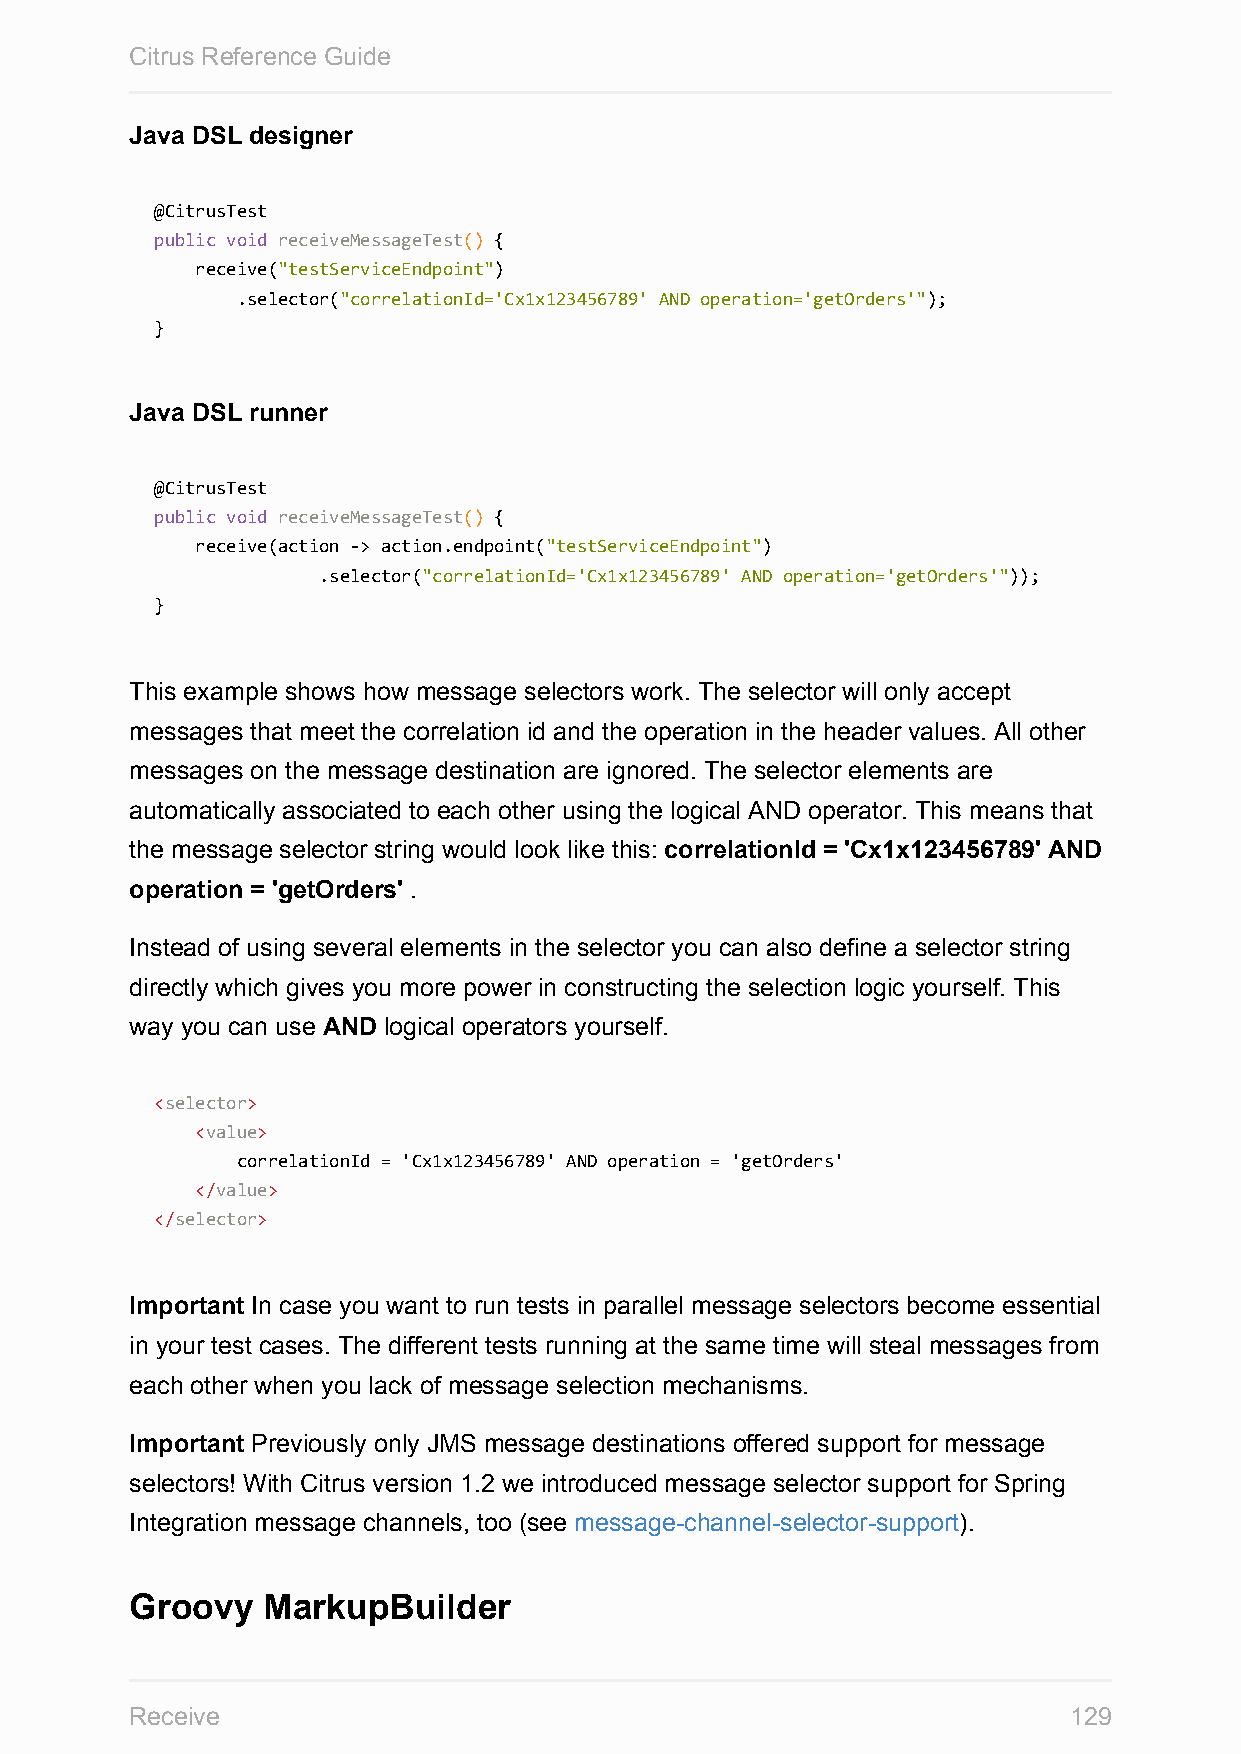
Citrus Reference Guide
 Java DSL designer
 @CitrusTest
 public void receiveMessageTest() {
 receive("testServiceEndpoint")
 .selector("correlationId='Cx1x123456789' AND operation='getOrders'");
 }
 Java DSL runner
 @CitrusTest
 public void receiveMessageTest() {
 receive(action -> action.endpoint("testServiceEndpoint")
 .selector("correlationId='Cx1x123456789' AND operation='getOrders'"));
 }
 This example shows how message selectors work. The selector will only accept
 messages that meet the correlation id and the operation in the header values. All other
 messages on the message destination are ignored. The selector elements are
 automatically associated to each other using the logical AND operator. This means that
 the message selector string would look like this: correlationId = 'Cx1x123456789' AND
 operation = 'getOrders' .
 Instead of using several elements in the selector you can also define a selector string
 directly which gives you more power in constructing the selection logic yourself. This
 way you can use AND logical operators yourself.
 <selector>
 <value>
 correlationId = 'Cx1x123456789' AND operation = 'getOrders'
 </value>
 </selector>
 Important In case you want to run tests in parallel message selectors become essential
 in your test cases. The different tests running at the same time will steal messages from
 each other when you lack of message selection mechanisms.
 Important Previously only JMS message destinations offered support for message
 selectors! With Citrus version 1.2 we introduced message selector support for Spring
 Integration message channels, too (see message-channel-selector-support).
 Groovy  MarkupBuilder
 Receive                                                       129